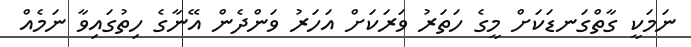
ނަމަކީ ގާތްގަނޑަކަށް މީގެ ހަތަރު ވަރަކަށް އަހަރު ވަންދެން އޭނާގެ ހިތުގައިވާ ނަމެއް